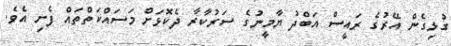
ގުޅިގެން އޭރުގެ ރައީސް އަބްދު ޔާމީނުގެ ސަރުކާރާ ދެކޮޅަށް މަސައްކަތްތައް ފެށި އެވެ.